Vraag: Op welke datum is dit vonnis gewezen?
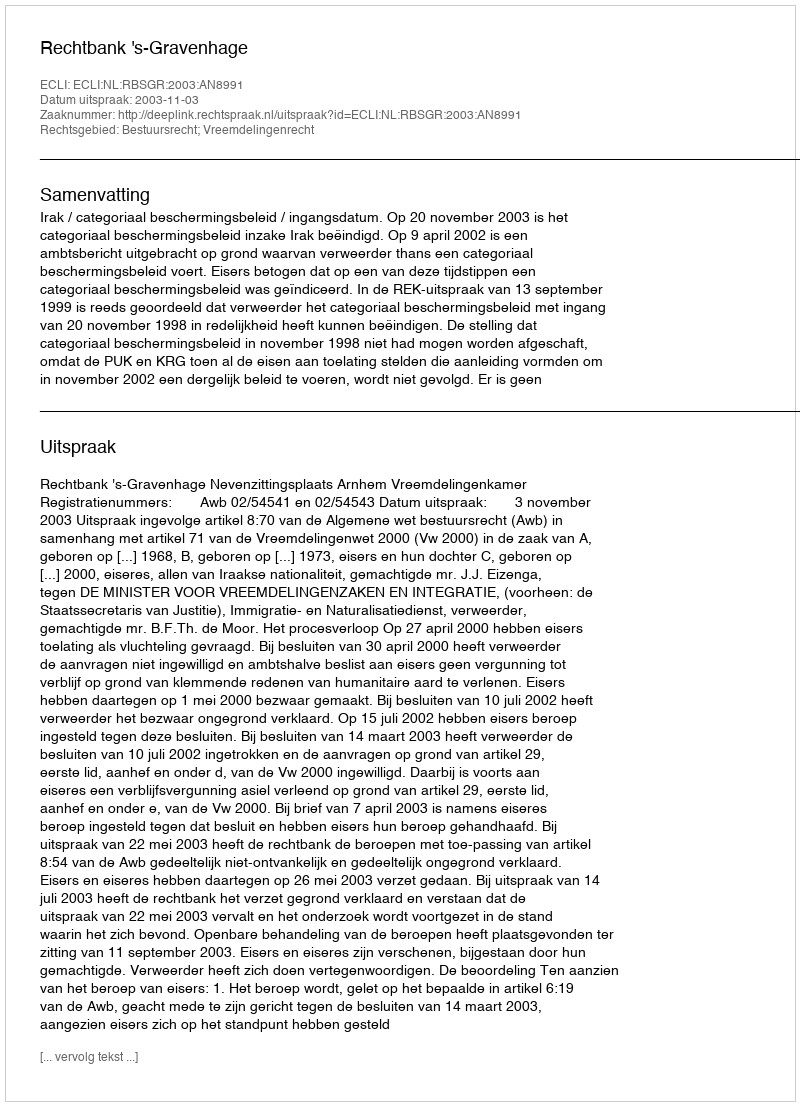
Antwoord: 2003-11-03